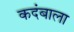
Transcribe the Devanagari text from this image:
कदंबाला